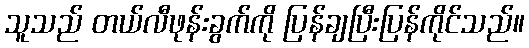
သူသည် တယ်လီဖုန်းခွက်ကို ပြန်ချပြီးပြန်ကိုင်သည်။